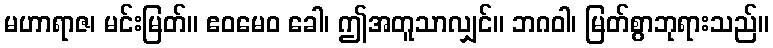
မဟာရာဇ၊ မင်းမြတ်။ ဧဝမေဝ ခေါ၊ ဤအတူသာလျှင်။ ဘဂဝါ၊ မြတ်စွာဘုရားသည်။